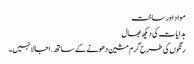
مواد اور ساخت
ہدایات کی دیکھ بھال
رنگوں کی طرح گرم مشین دھونے کے ساتھ. اجالا نہیں ۔